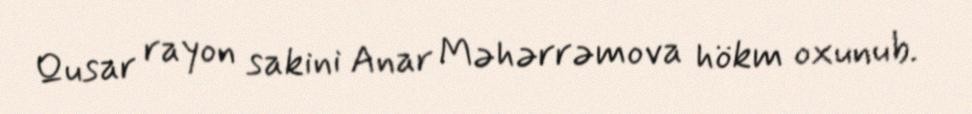
Qusar rayon sakini Anar Məhərrəmova hökm oxunub.